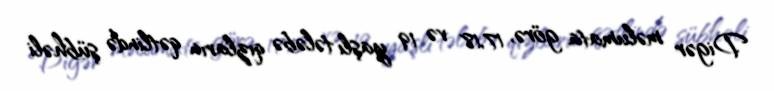
Digər məlumata görə, 17,18 və 19 yaşlı tələbə qızların qətlində şübhəli